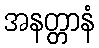
အနတ္တာနံ